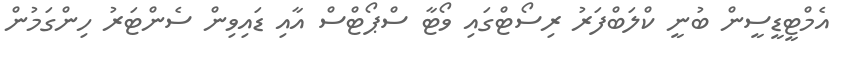
އެމްޓީޑީސީން ބުނީ ކްލަބްފަރު ރިސޯޓްގައި ވޯޓާ ސްޕޯޓްސް އާއި ޑައިވިން ސެންޓަރު ހިންގަމުން